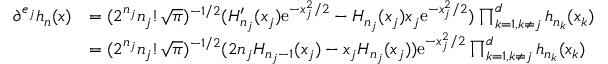
\begin{array} { r l } { \partial ^ { e _ { j } } h _ { n } ( x ) } & { = ( 2 ^ { n _ { j } } n _ { j } ! \sqrt { \pi } ) ^ { - 1 / 2 } ( H _ { n _ { j } } ^ { \prime } ( x _ { j } ) \mathrm { e } ^ { - x _ { j } ^ { 2 } / 2 } - H _ { n _ { j } } ( x _ { j } ) x _ { j } \mathrm { e } ^ { - x _ { j } ^ { 2 } / 2 } ) \prod _ { k = 1 , k \neq j } ^ { d } h _ { n _ { k } } ( x _ { k } ) } \\ & { = ( 2 ^ { n _ { j } } n _ { j } ! \sqrt { \pi } ) ^ { - 1 / 2 } ( 2 n _ { j } H _ { n _ { j } - 1 } ( x _ { j } ) - x _ { j } H _ { n _ { j } } ( x _ { j } ) ) \mathrm { e } ^ { - x _ { j } ^ { 2 } / 2 } \prod _ { k = 1 , k \neq j } ^ { d } h _ { n _ { k } } ( x _ { k } ) } \end{array}